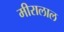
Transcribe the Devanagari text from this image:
मीरालाल